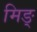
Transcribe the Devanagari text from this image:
मिङ्